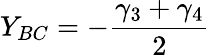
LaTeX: Y_{BC}=-\frac{\gamma_{3}+{\gamma_{4}}}{2}